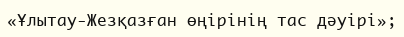
«Ұлытау-Жезқазған өңірінің тас дәуірі»;